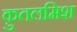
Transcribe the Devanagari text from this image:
क़ुतलमिश